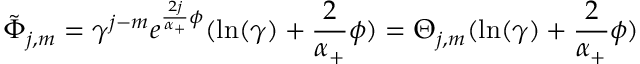
\tilde { \Phi } _ { j , m } = \gamma ^ { j - m } e ^ { \frac { 2 j } { \alpha _ { + } } \phi } ( \ln ( \gamma ) + \frac 2 { \alpha _ { + } } \phi ) = \Theta _ { j , m } ( \ln ( \gamma ) + \frac 2 { \alpha _ { + } } \phi )